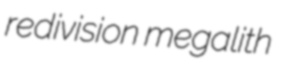
redivision megalith